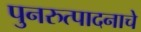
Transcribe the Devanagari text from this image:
पुनरुत्पादनाचे